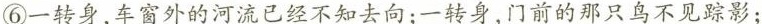
⑥一转身，车窗外的河流已经不知去向；一转身，门前的那只鸟不见踪影；